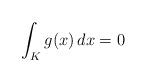
LaTeX: \begin{align*} \int_K g(x)\, dx =0\end{align*}